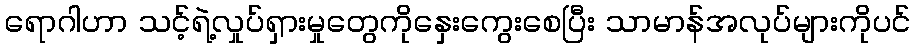
ရောဂါဟာ သင့်ရဲ့လှုပ်ရှားမှုတွေကိုနှေးကွေးစေပြီး သာမာန်အလုပ်များကိုပင်